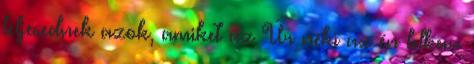
teljesednek azok, amiket az Úr néki az én lelkem